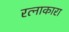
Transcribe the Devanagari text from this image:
रत्नाकारा